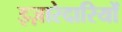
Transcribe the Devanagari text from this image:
इज़ारेदारियों